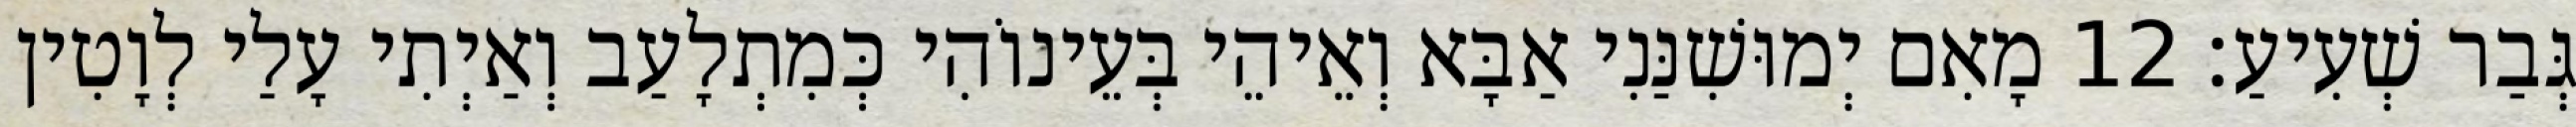
גְּבַר שְׁעִיעַ׃ 12 מָאִם יְמוּשִׁנַּנִי אַבָּא וְאֵיהֵי בְּעֵינוֹהִי כְּמִתְלָעַב וְאַיְתִי עָלַי לְוָטִין